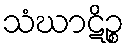
သံဃာဋိဉ္စ